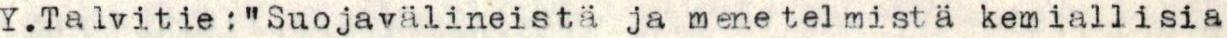
Y. Talvitie : "Suojavälineistä ja menetelmistä kemiallisia